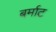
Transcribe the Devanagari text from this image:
बर्माट